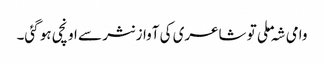
وامی شہ ملی تو شاعری کی آواز نثر سے اونچی ہو گئی۔